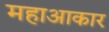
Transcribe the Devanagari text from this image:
महाआकार